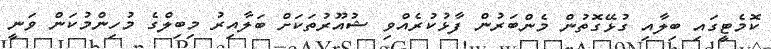
ކޮމެޓީގައި ބިލާއި ގުޅޭގޮތުން މެންބަރުން ފާޅުކުރެއްވި ޝުއޫރުތަކަށް ބަލާއިރު މިބިލްގެ މުހިންމުކަން ވަނީ